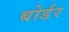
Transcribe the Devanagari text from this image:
बोर्डर